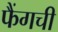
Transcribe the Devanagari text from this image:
फैंगची